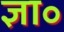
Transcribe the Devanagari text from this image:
ज्ञा॰